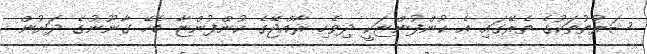
ޝަރުތުތަކުގެ ތެރޭގައި އެ ކުންފުންޏަކީ ދިވެހި ރާއްޖޭގެ ކުންފުންޏާ ބެހޭ ގާނޫނުގެ ދަށުން